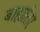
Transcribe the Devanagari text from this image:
बाह्यांतर